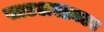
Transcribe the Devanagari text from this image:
साउअरक्राउट